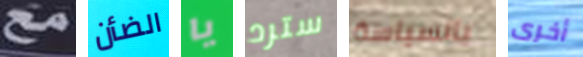
مع الضأن يا سترد بالسياسة أخرى